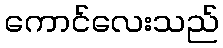
ကောင်လေးသည်